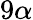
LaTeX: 9\alpha